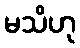
မသိဟု